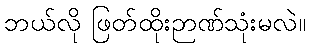
ဘယ်လို ဖြတ်ထိုးဉာဏ်သုံးမလဲ။